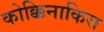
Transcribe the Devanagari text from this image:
कोक्किनाकिस